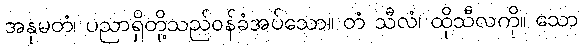
အနုမတံ၊ ပညာရှိတို့သည်ဝန်ခံအပ်သော။ တံ သီလံ၊ ထိုသီလကို။ သော